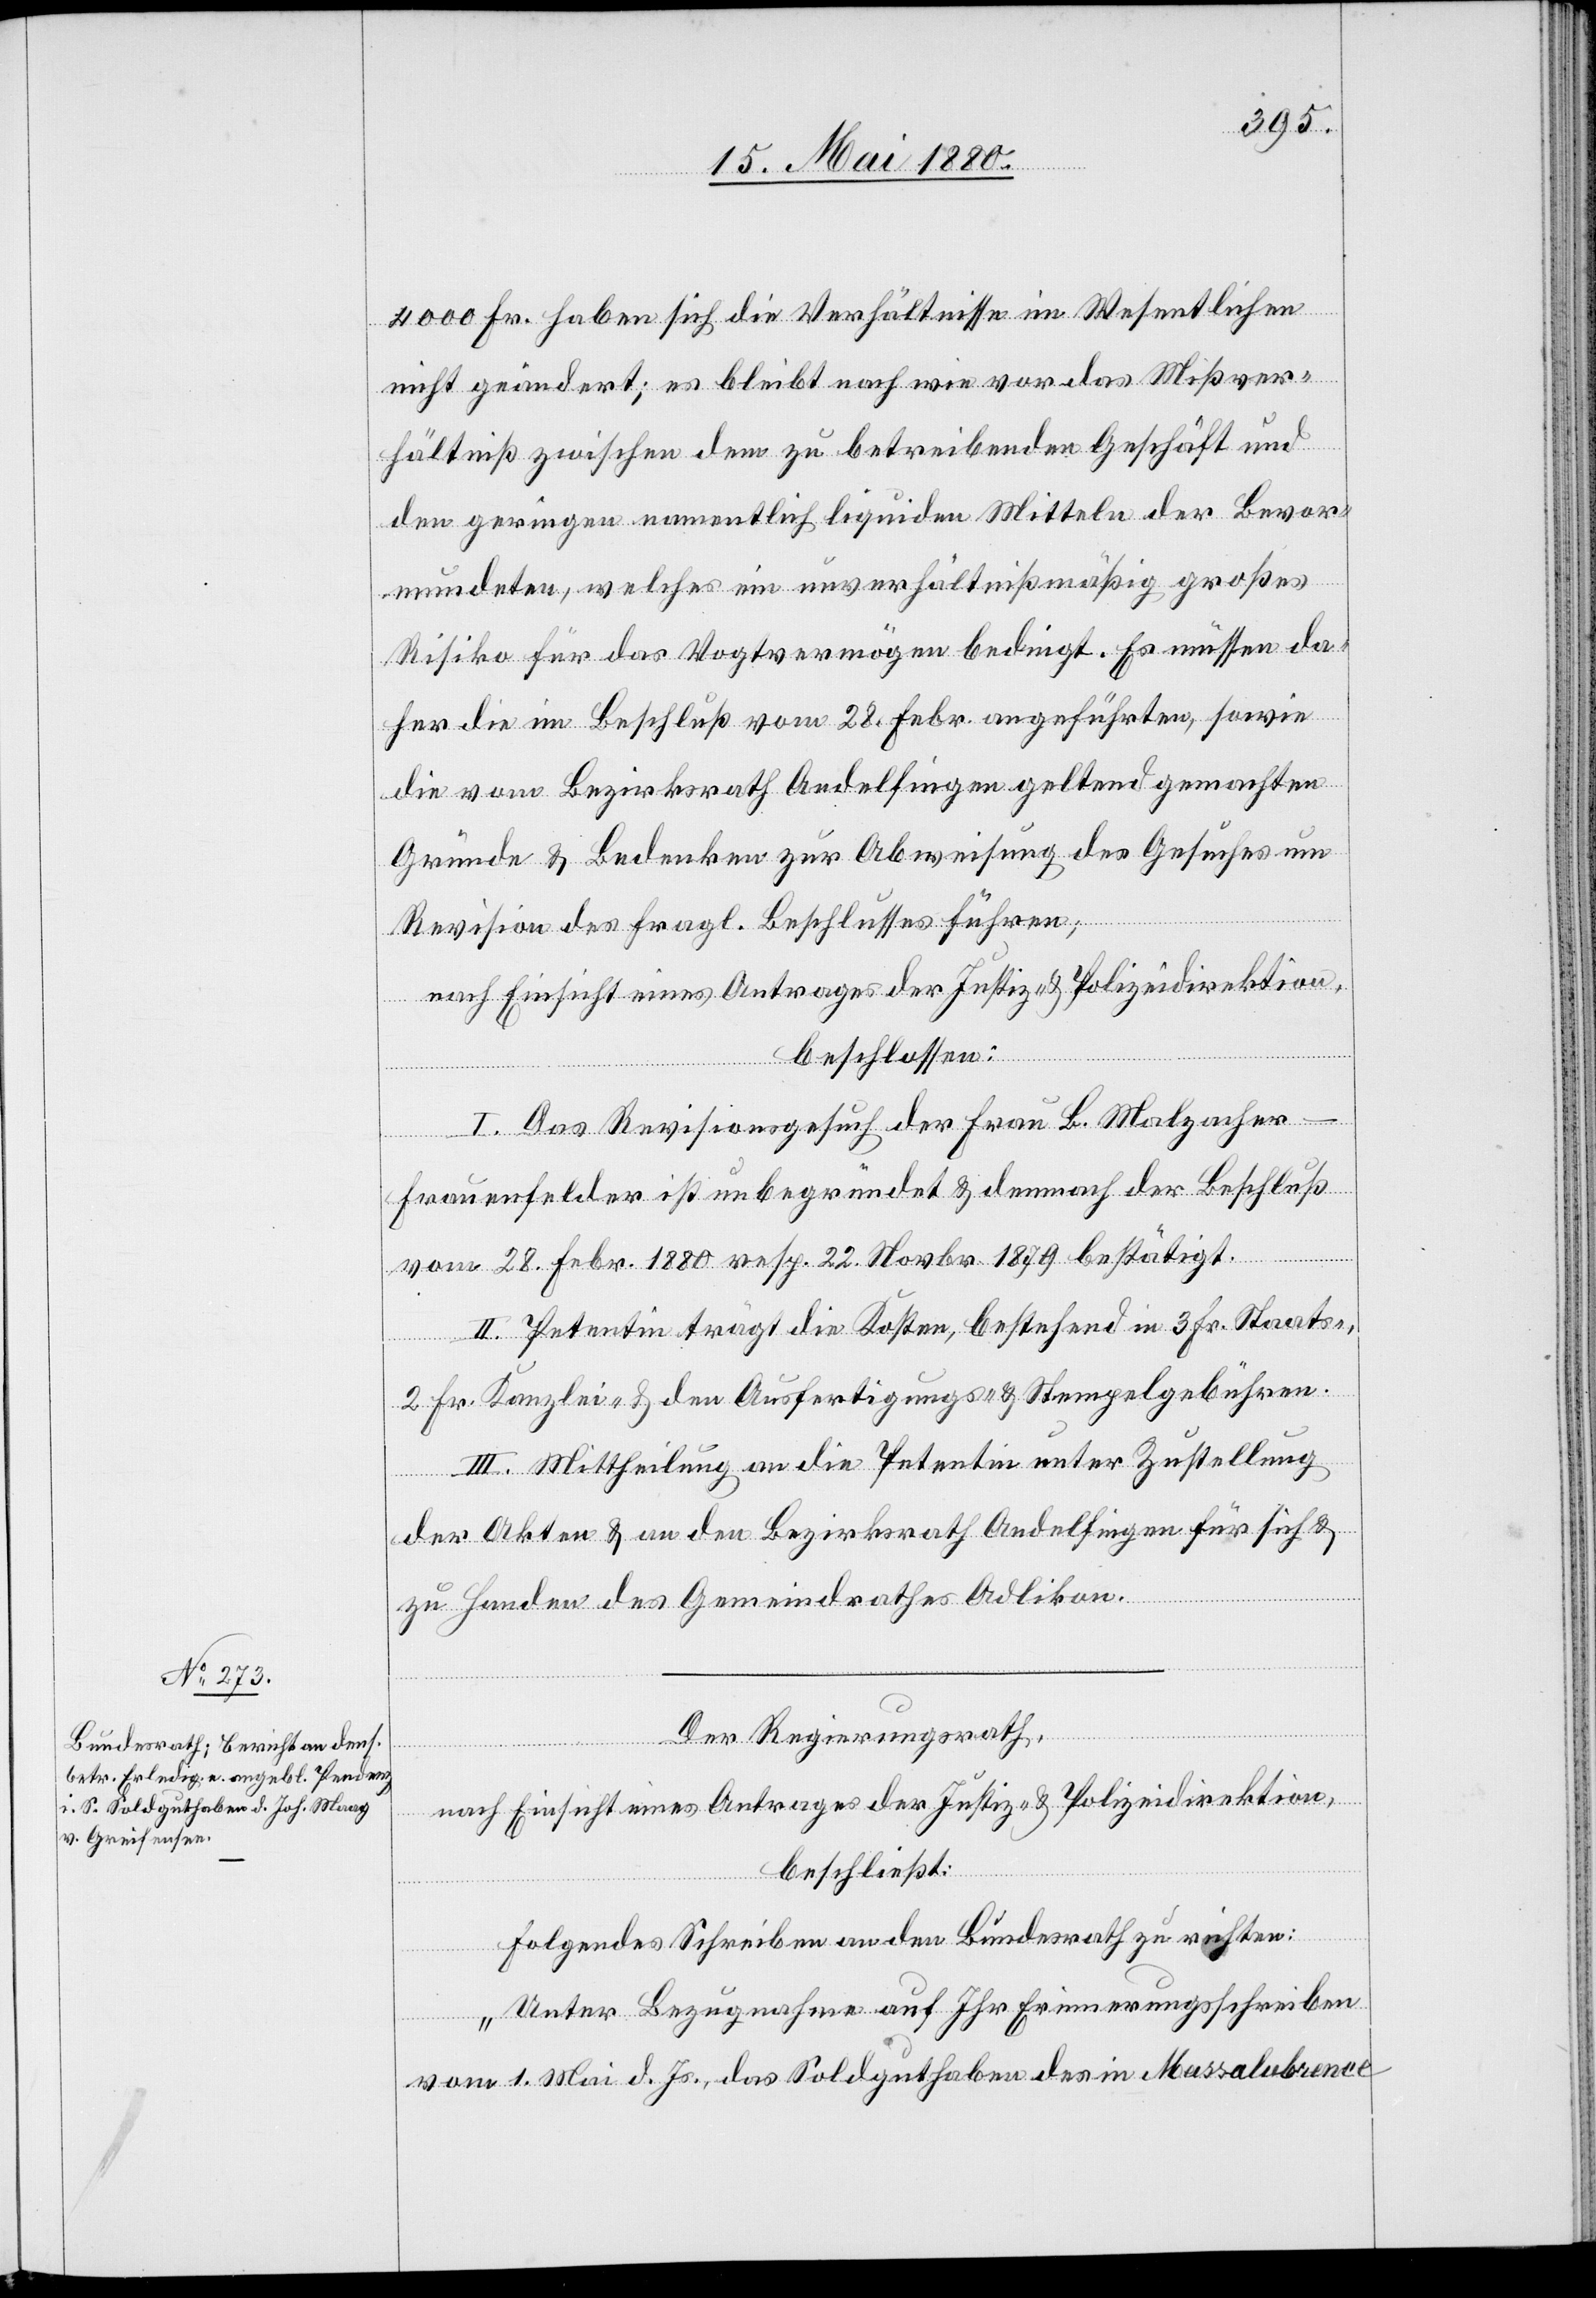
4000 Fr. haben sich die Verhältnisse im Wesentlichen
nicht geändert; es bleibt nach wie vor das Mißver¬
hältniß zwischen dem zu betreibenden Geschäft und
den geringen namentlich liquiden Mitteln der Bevor¬
mundeten, welches ein unverhältnißmäßig großes
Risiko für das Vogtvermögen bedingt. Es müssen da¬
her die im Beschluß vom 28. Febr. angeführten, sowie
die vom Bezirksrath Andelfingen geltend gemachten
Gründe & Bedenken zur Abweisung des Gesuches um
Revision des fragl. Beschlusses führen;
nach Einsicht eines Antrages der Justiz- & Polizeidirektion,
beschlossen:
I. Das Revisionsgesuch der Frau. B. Malzacher-F¬
rauenfelder ist unbegründet & demnach der Beschluß
vom 28. Febr. 1880 resp. 22. Novbr. 1879 bestätigt.
II. Petentin trägt die Kosten, bestehend in 3 Fr. Staats-,
2 Fr. Kanzlei- & den Ausfertigungs- & Stempelgebühren.
III. Mittheilung an die Petentin unter Zustellung
der Akten & an den Bezirksrath Andelfingen für sich &
zu Handen des Gemeindrathes Adlikon.
Der Regierungsrath,
nach Einsicht eines Antrages der Justiz- & Polizeidirektion,
beschließt:
Folgendes Schreiben an den Bundesrath zu richten:
„Unter Bezugnahme auf Ihr Erinnerungsschreiben
vom 1. Mai d. Js., das Soldguthaben des in Massalubrence